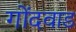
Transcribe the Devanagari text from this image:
गोंदवाड